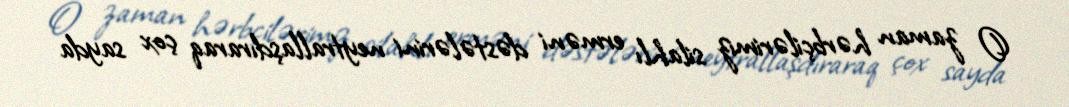
O zaman hərbçilərimiz silahlı erməni dəstələrini neytrallaşdıraraq çox sayda